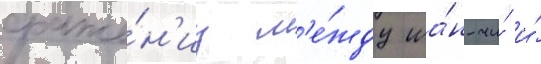
сраже́н'иу м'е́жду ша́н-чи́ и́